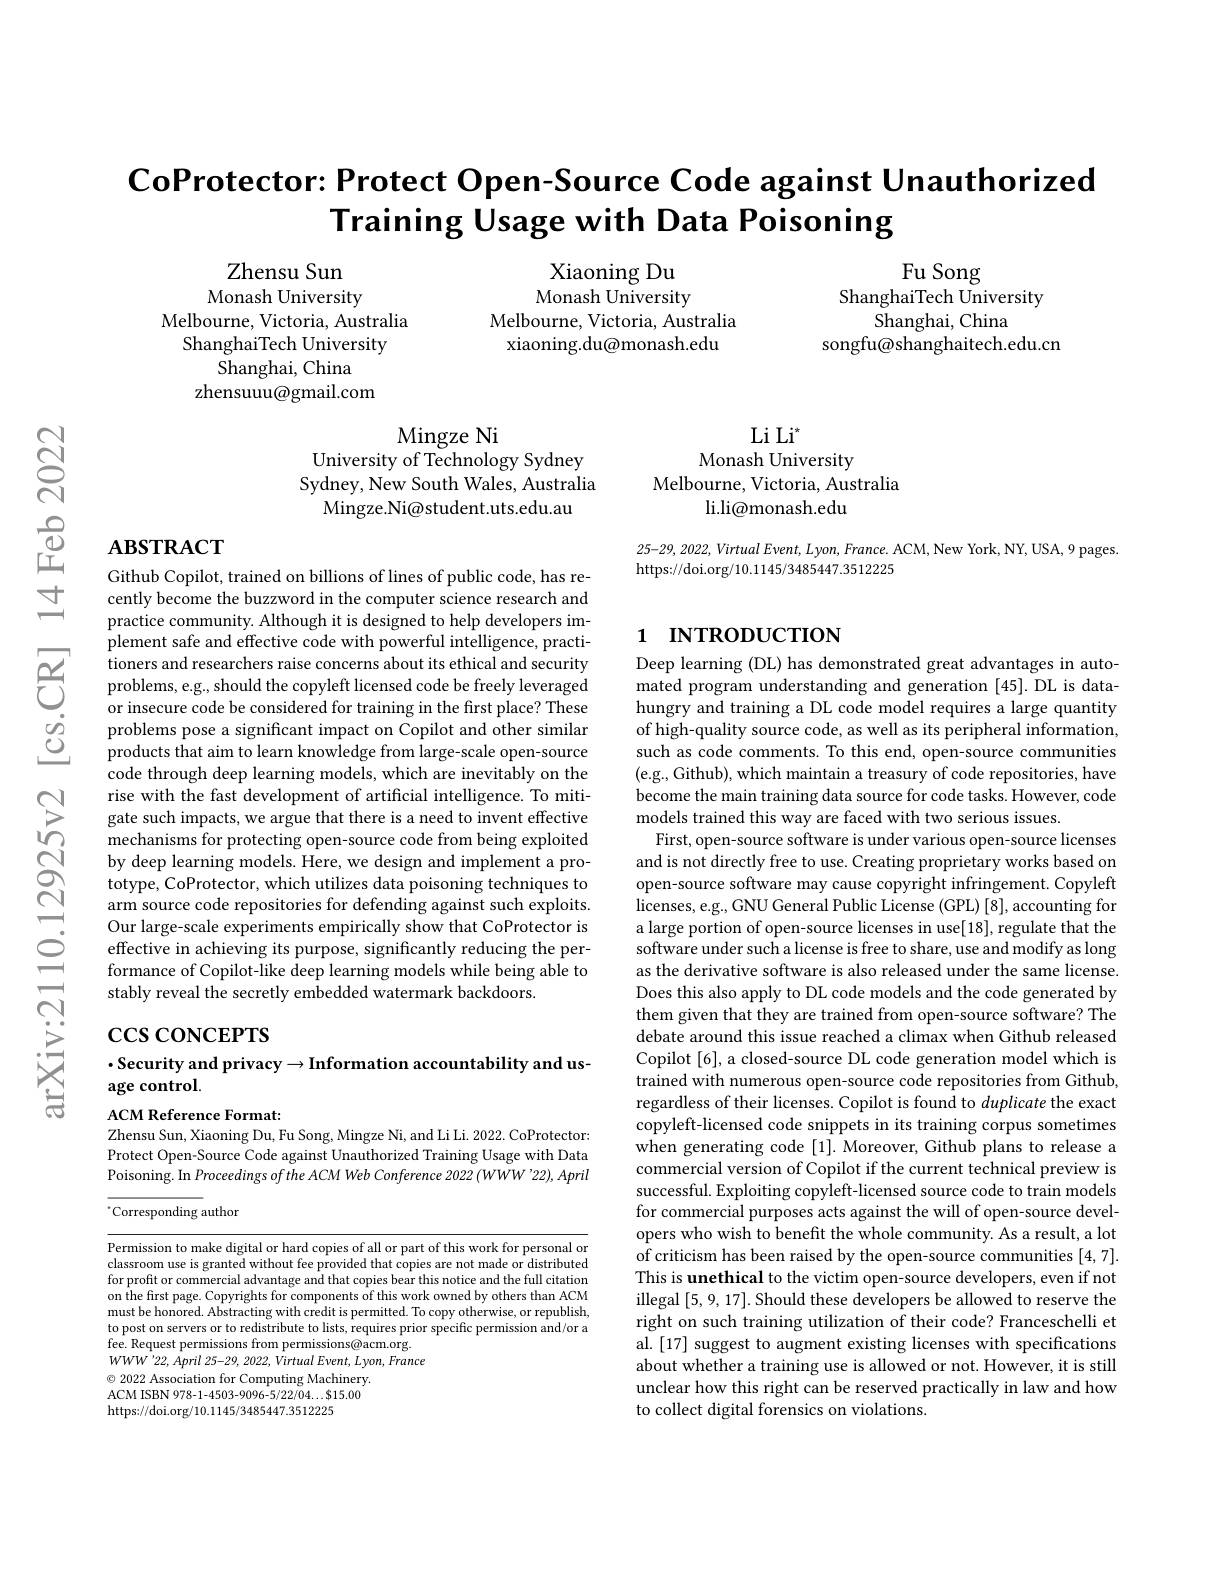
# $\textbf{CoProtector: Protect Open- Source Code against Unauthorized}$ Training Usage with Data Poisoning

Xiaoning Du Monash University
Melbourne, Victoria, Australia
xiaoning.du@monash.edu

Fu Song
ShanghaiTech University
Shanghai, China
songfu@shanghaitech.edu.cn

Zhensu Sun Monash University
Melbourne, Victoria, Australia
ShanghaiTech University
${\mathrm{Shanghai,China}}$
zhensuuu@gmail.com

Mingze Ni
University of Technology Sydney

$\mathrm{Li~Li}^*$
Monash University
Melbourne, Victoria, Australia
li.li@monash.edu

Sydney, New South Wales, Australia
Mingze.Ni@student.uts.edu.au

## $\mathbf{ABSTRACT}$

$25-29,2022,VirtualEvent,Lyon,France.ACM,NewYork,NY,USA,9$ pages.
https://doi.org/10.1145/3485447.3512225

# 1 INTRODUCTION

Github Copilot, trained on billions of lines of public code, has recently become the buzzword in the computer science research and practice community. Although it is designed to help developers implement safe and effective code with powerful intelligence, practitioners and researchers raise concerns about its ethical and security problems, e.g., should the copyleft licensed code be freely leveraged or insecure code be considered for training in the first place? These problems pose a significant impact on Copilot and other similar products that aim to learn knowledge from large-scale open-source code through deep learning models, which are inevitably on the rise with the fast development of artificial intelligence. To mitigate such impacts, we argue that there is a need to invent effective mechanisms for protecting open-source code from being exploited by deep learning models. Here, we design and implement a prototype, CoProtector, which utilizes data poisoning techniques to arm source code repositories for defending against such exploits. Our large-scale experiments empirically show that CoProtector is
$\begin{array}{ccc}{\mathrm{Ou~lage-scate~experminens~enpintiany~siow~nat~Cor~iveto~is~}}\\{\mathrm{O}}&{\mathrm{effective~in~achieving~its~purpose,~significantly~reducing~the~per-}}\\&\text{formance of Copilot-like deeep learning while being able to}\\&\text{stably reveal the secretly embedded wate}\end{array}$
stably reveal the secretly embedded watermark backdoors.

Deep learning (DL) has demonstrated great advantages in automated program understanding and generation [45]. DL is datahungry and training a DL code model requires a large quantity of high-quality source code, as well as its peripheral information, such as code comments. To this end, open-source communities (e.g., Github), which maintain a treasury of code repositories, have become the main training data source for code tasks. However, code models trained this way are faced with two serious issues.
First, open-source software is under various open-source licenses and is not directly free to use. Creating proprietary works based on open-source software may cause copyright infringement. Copyleft licenses, e.g., GNU General Public License (GPL) [8], accounting for a large portion of open-source licenses in use[18], regulate that the software under such a license is free to share, use and modify as long as the derivative software is also released under the same license. Does this also apply to DL code models and the code generated by them given that they are trained from open-source software? The debate around this issue reached a climax when Github released Copilot[6], a closed-source DL code generation model which is trained with numerous open-source code repositories from Github, regardless of their licenses. Copilot is found to duplicate the exact copyleft-licensed code snippets in its training corpus sometimes when generating code [1]. Moreover, Github plans to release a commercial version of Copilot if the current technical preview is successful. Exploiting copyleft-licensed source code to train models for commercial purposes acts against the will of open-source developers who wish to benefit the whole community. As a result, a lot $\hat{\text{of criticism has been raised by the open-source communities}}[4,7].$ This is unethical to the victim open-source developers, even if not illegal [5,9,17]. Should these developers be allowed to reserve the right on such training utilization of their code? Franceschelli et al. [17] suggest to augment existing licenses with specifications about whether a training use is allowed or not. However, it is still unclear how this right can be reserved practically in law and how to collect digital forensics on violations.

# $\csc\cos$coNCEPTS $\cdot$Security and privacy$\to$Information accountability and usage control.

ACM Reference Format:
Zhensu Sun, Xiaoning Du, Fu Song, Mingze Ni, and Li Li. 2022. CoProtector: Protect Open-Source Code against Unauthorized Training Usage with Data Poisoning. In Proceedings of the ACM Web Conference 2022 (WWW'22), April $^{*}$Corresponding author

Permission to make digital or hard copies of all or part of this work for personal or classroom use is granted without fee provided that copies are not made or distributed for profit or commercial advantage and that copies bear this notice and the full citation on the first page. Copyrights for components of this work owned by others than ACM must be honored. Abstracting with credit is permitted. To copy otherwise, or republish, to post on servers or to redistribute to lists, requires prior specific permission and/or a fee. Request permissions from permissions@acm.org. $WWW^{\prime }22, April$ 25-29, 2022, Virtual $Event$, $Lyon$, France $\textcircled{\circ}$ 2022 Association for Computing Machinery. ACM ISBN 978-1-4503-9096-5/22/04...$15.00 https://doi.org/10.1145/3485447.3512225